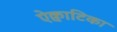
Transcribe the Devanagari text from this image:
ऐक्वाटिका